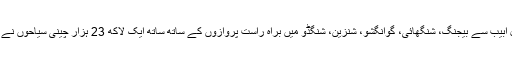
سال 2017ء کے دوران تل ابیب سے بیجنگ، شنگھائی، گوانگشو، شنزین، شنگڈو میں براہ راست پروازوں‌ کے ساتھ ساتھ ایک لاکھ 23 ہزار چینی سیاحوں‌ نے اسرائیل کا سیاحتی سفر کیا۔